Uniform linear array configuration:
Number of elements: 24
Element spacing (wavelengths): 0.75
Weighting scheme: cosine
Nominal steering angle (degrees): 45
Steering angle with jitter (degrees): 43.645
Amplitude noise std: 0.05
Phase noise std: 0.05

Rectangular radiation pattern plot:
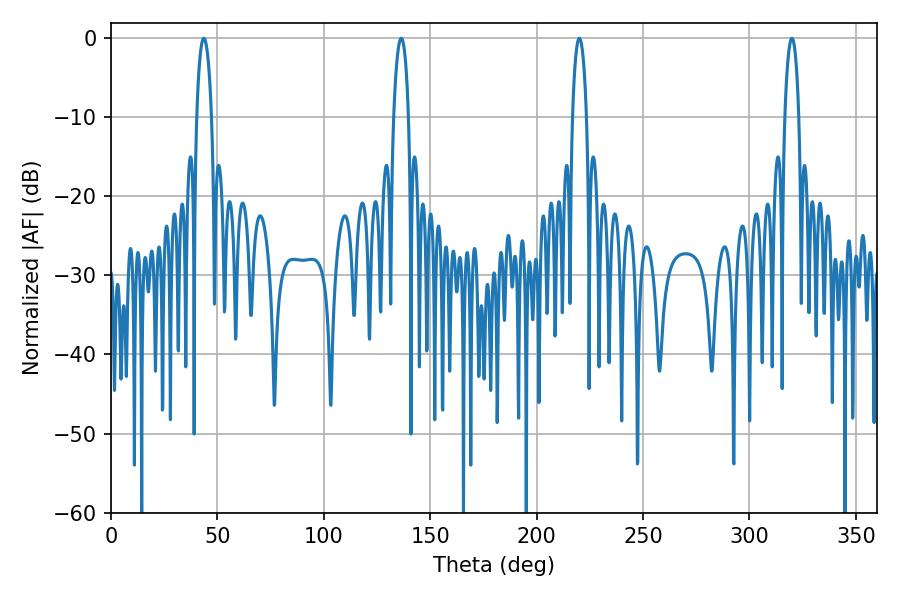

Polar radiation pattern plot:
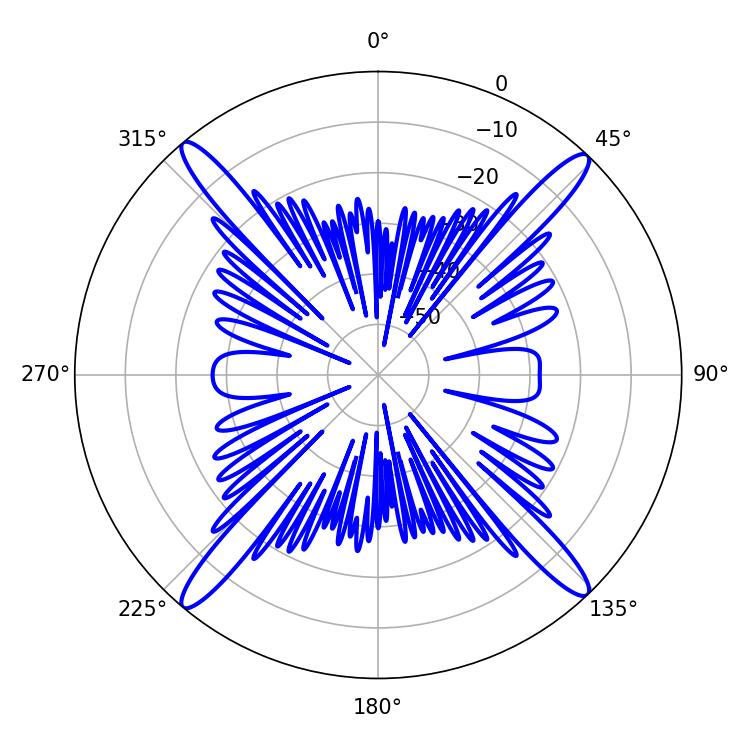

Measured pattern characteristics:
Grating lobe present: TRUE
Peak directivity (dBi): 21.91
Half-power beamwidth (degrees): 3.78
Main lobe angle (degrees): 43.56